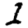
Digit: 1